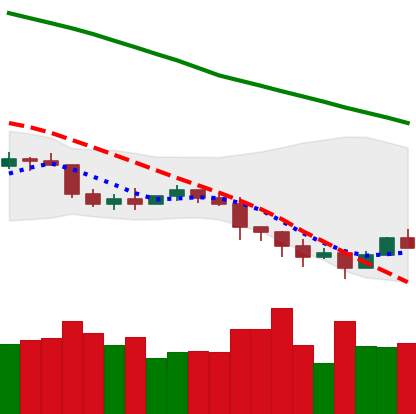
Ticker: ETC-USD
Chart end date: 2022-01-13
Forward return: 8.139%
Label: up_7plus